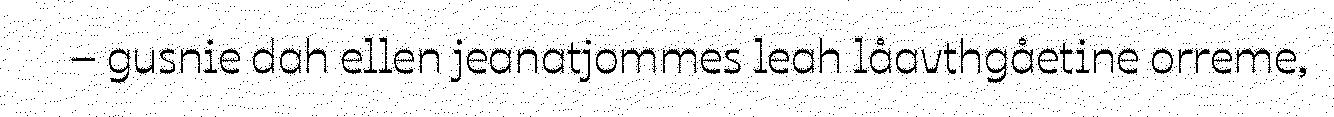
– gusnie dah ellen jeanatjommes leah låavthgåetine orreme,